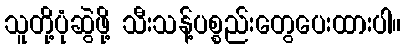
သူတို့ပုံဆွဲဖို့ သီးသန့်ပစ္စည်းတွေပေးထားပါ။